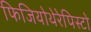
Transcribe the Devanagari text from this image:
फिजियोथेरेपिस्टो